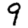
Digit: 9